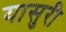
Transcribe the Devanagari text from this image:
यासुरी